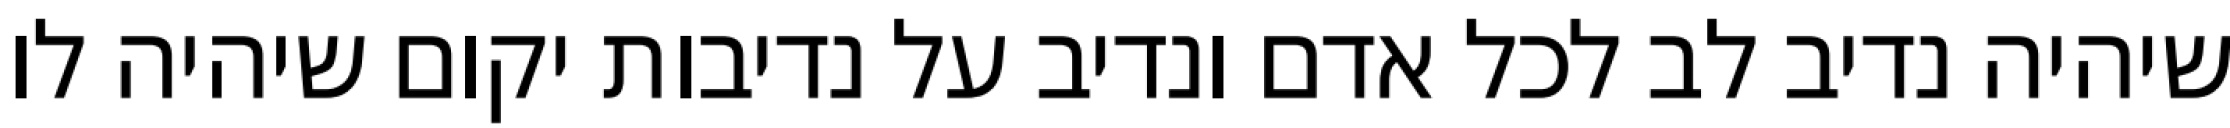
שיהיה נדיב לב לכל אדם ונדיב על נדיבות יקום שיהיה לו